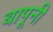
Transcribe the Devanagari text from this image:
बापूनी